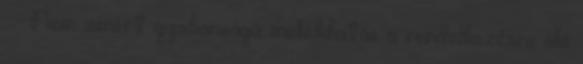
: - Nem ismert gyakoriságú mellékhatás a rendelkezésre álló